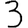
Digit: 3